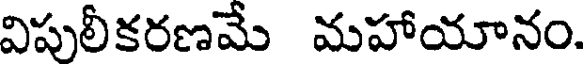
విపులీకరణమే మహాయానం.